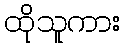
ထိုသူကား